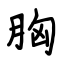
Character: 胸